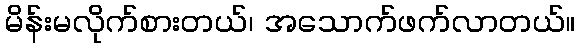
မိန်းမလိုက်စားတယ်၊ အသောက်ဖက်လာတယ်။